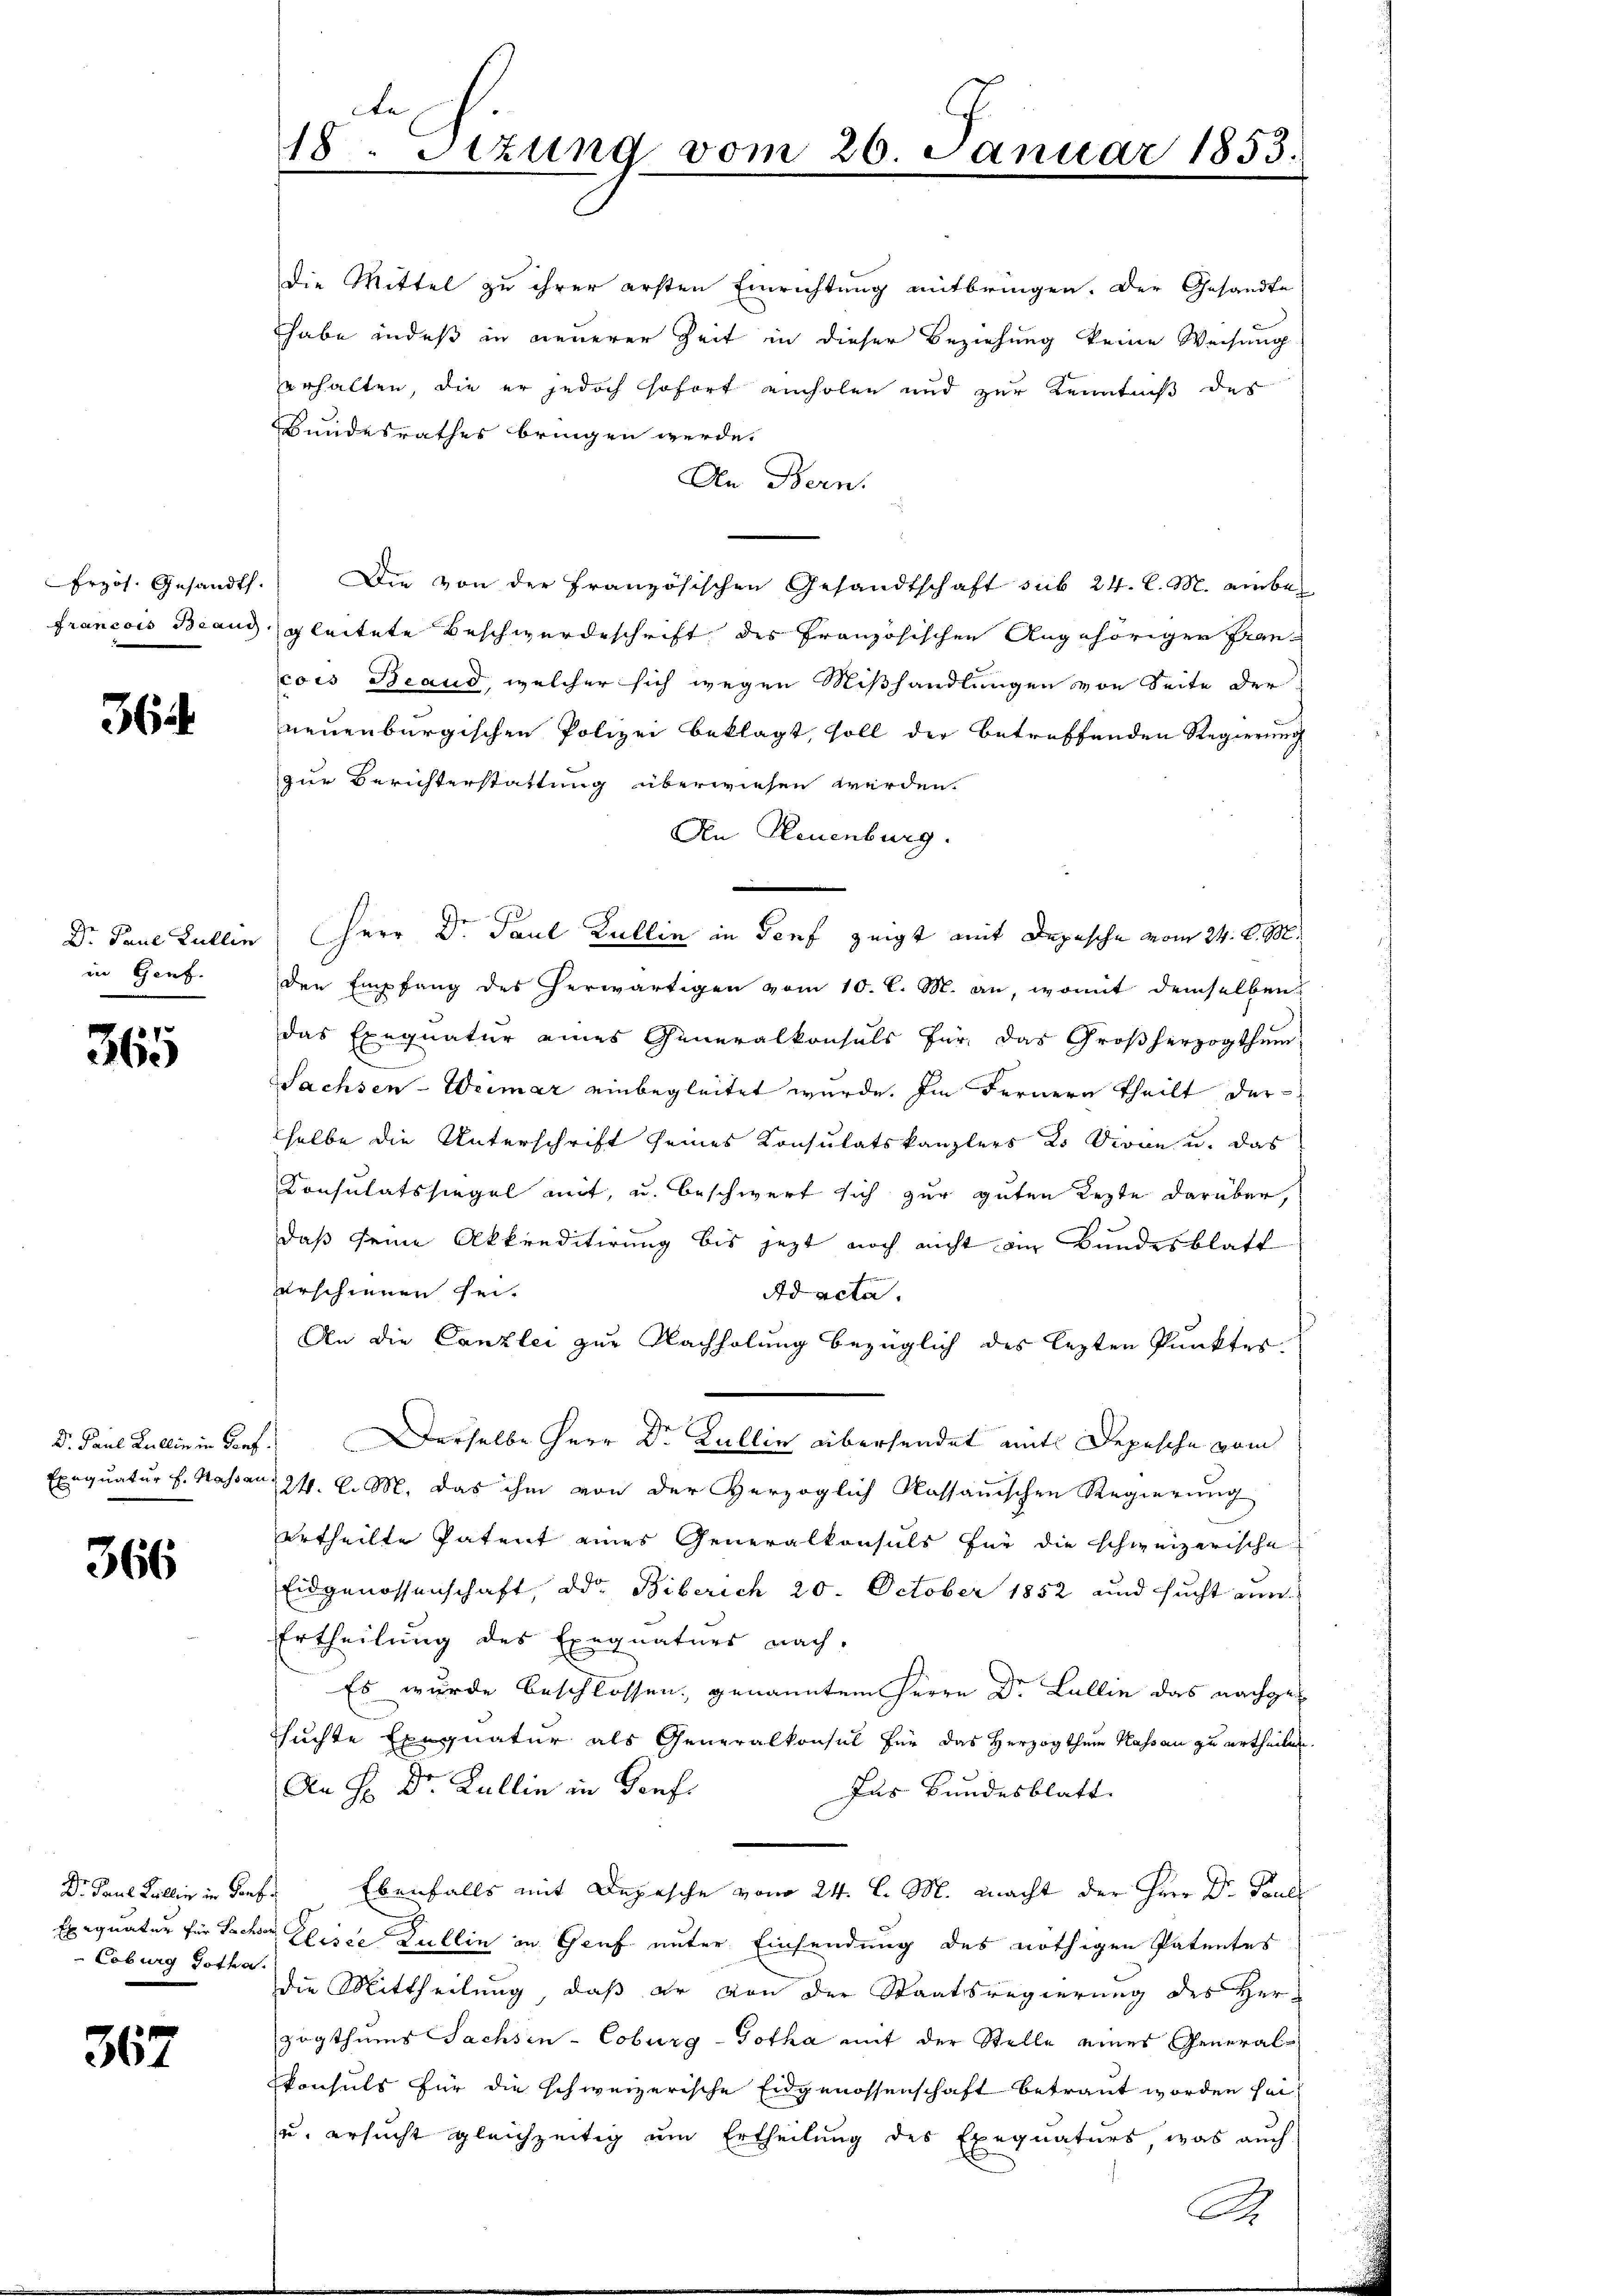
364

in Genf.

365

366

Die Mittel zu ihrer ersten Einrichtung mitbringen. Der Gesandte
habe indeß in neuerer Zeit in dieser Beziehung keine Weisung
erhalten, die er jedoch sofort einholen und zur Kenntniß des

Leburg Gotha

367

Bundesrathes bringen werde.
An Bern.
brzös. Gesandt. Die von der Französischen Gesandtschaft sub 24. l. M. einbefrancois Beaud gleitete Beschwerdeschrift des Französischen Angehöriger Francois Brand, welcher sich wegen Mißhandlungen von Seite der
neuenburgischen Polizei beklagt, soll der betreffenden Regierung
zur Berichterstattung überwiesen werden.
An Neuenburg.
i
Dr. Paul Lullin Herr Dr. Paul Kullin in Torf zeigt mit Depesche vom 24. d. M.
den Empfang des herwärtigen vom 10. l. M. an, womit demselben
das Exequatur eines Generalkonsuls für das Großherzogthum
Sachsen-Weimar einbegleitet wurde. Im Fernern theilt der
selbe die Unterschrift seines Konsulatskanzlers 2o Divin u. das
Consulatssiegel mit, u. beschwert sich zur guten Lezte darüber,
daß seine Akkreditirung bis jezt noch nicht ein Bundesblatt
erschienen sei.
Ad acta.
An die Canzlei zur Nachholung bezüglich des lezten Punktes
Dr. Paul Kullin in Porf. Derselbe Herr Dr Kullin übersendet mit Depesche vom
Exequatur f. Hassar 224. d. M. das ihm von der Herzoglich Kassauischen Regierung
Urtheilte Patent eines Generalkonsuls für die schweizerische
Eidgenossenschaft, der Biberich 20. October 1852 und sucht zun
Ertheilung des Exequaturs nach-
Es würde beschlossen, genanntem Herrn Dr. Lullie das nachgetsuchte Exequatur als Generalkonsul für das Herzogthum Hassau zu ertheilen.
Da H: Dr. Lullin in Genf.
Jus Bundesblatt. |
Dr. Paul Kollin in darf. Ebenfalls mit Depesche vom 24. l. M. macht der Herr Dr. Paul
Exequatur für Sachen Elisee Kullin in Genf unter Einsendung des nöthigen Patentes
die Mittheilung, daß er von der Staatsregierung des Herzogthums Sachsen-Coburg-Gotha mit der Stelle eines General-
konsuls für die schweizerische Eidgenossenschaft betraut worden sei¬
u. ersucht gleichzeitig um Ertheilung des Exequaturs, was auch
A

te
18. Sizung vom 26. Januar 1853.